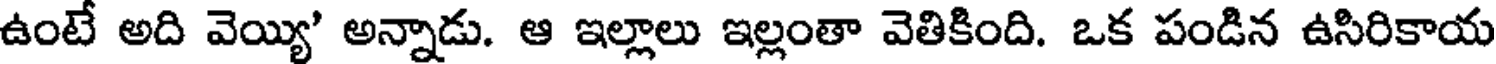
ఉంటే అది వెయ్యి' అన్నాడు. ఆ ఇల్లాలు ఇల్లంతా వెతికింది. ఒక పండిన ఉసిరికాయ